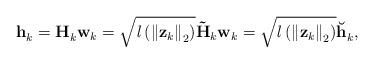
LaTeX: \begin{align*}{{\mathbf{{h}}}_{k}^{}}&={\mathbf{{H}}_{k}^{}} \textbf{w}_{k} = \sqrt{\mathit{l}\left({\Vert \bold{z}_k \Vert}_2\right)} \mathbf{\tilde{H}}_{k} \textbf{w}_{k} = \sqrt{\mathit{l}\left({\Vert \bold{z}_k \Vert}_2\right)} {{\mathbf{\breve{h}}}_{k}^{}},&&\end{align*}